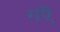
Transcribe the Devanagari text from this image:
गऎ